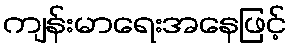
ကျန်းမာရေးအနေဖြင့်